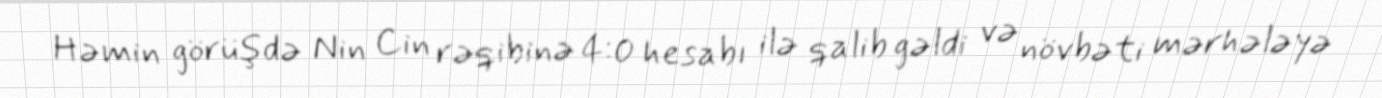
Həmin görüşdə Nin Cin rəqibinə 4:0 hesabı ilə qalib gəldi və növbəti mərhələyə